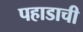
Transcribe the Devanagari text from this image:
पहाडाची